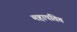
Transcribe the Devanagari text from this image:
महापतित